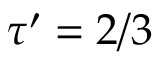
\tau ^ { \prime } = 2 / 3